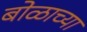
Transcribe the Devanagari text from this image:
बोळाच्या